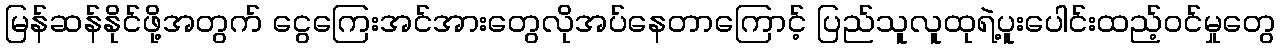
မြန်ဆန်နိုင်ဖို့အတွက် ငွေကြေးအင်အားတွေလိုအပ်နေတာကြောင့် ပြည်သူလူထုရဲ့ပူးပေါင်းထည့်ဝင်မှုတွေ